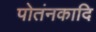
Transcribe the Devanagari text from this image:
पोतंनकादि